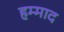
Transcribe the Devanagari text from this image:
हम्माद